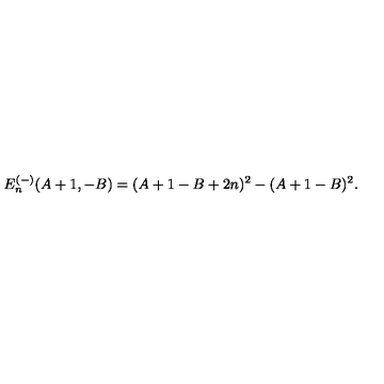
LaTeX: E _ { n } ^ { ( - ) } ( A + 1 , - B ) = ( A + 1 - B + 2 n ) ^ { 2 } - ( A + 1 - B ) ^ { 2 } .